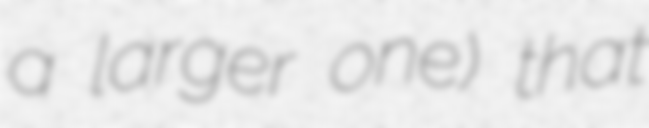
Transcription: a larger one) that